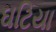
ઘટિયા